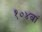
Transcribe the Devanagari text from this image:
१०४वां